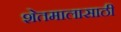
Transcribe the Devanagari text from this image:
शेतमालासाठी